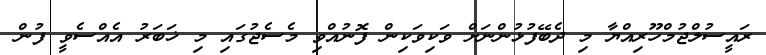
ރައީސުލްޖުމްހޫރިއްޔާ މި ދެބޭފުޅުންނަށް ވަކިވަކިން ފޮނުއްވި މެސެޖުގައި މި ޚަބަރު އެއްސެވީ ފުން